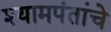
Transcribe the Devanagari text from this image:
श्यामपंतांचे